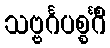
သဗ္ဗင်္ဂပစ္စင်္ဂိံ